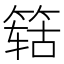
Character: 𬕛